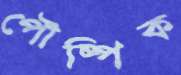
পৌষ্পিক